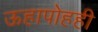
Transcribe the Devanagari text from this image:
ऊहापोहही